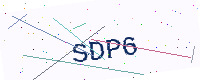
Text: SDP6